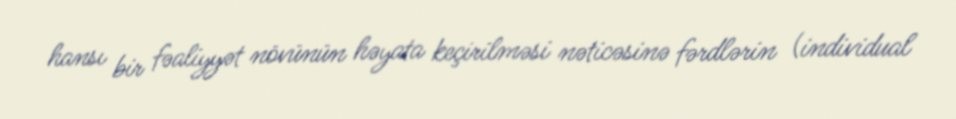
hansı bir fəaliyyət növünün həyata keçirilməsi nəticəsinə fərdlərin (individual